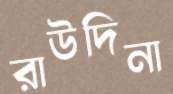
রাউদিনা